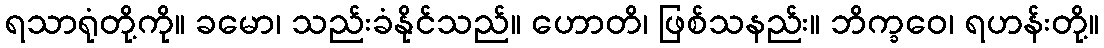
ရသာရုံတို့ကို။ ခမော၊ သည်းခံနိုင်သည်။ ဟောတိ၊ ဖြစ်သနည်း။ ဘိက္ခဝေ၊ ရဟန်းတို့။